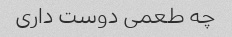
چه طعمی دوست داری